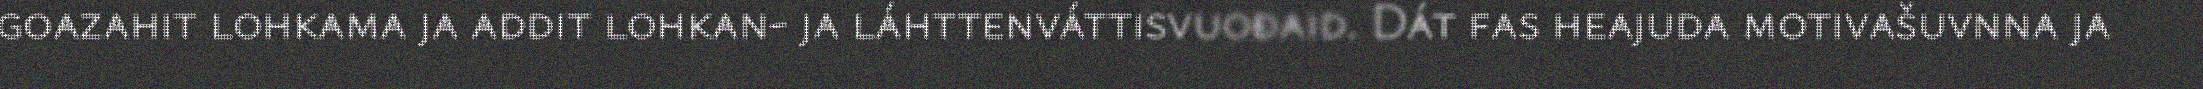
goazahit lohkama ja addit lohkan- ja láhttenváttisvuođaid. Dát fas heajuda motivašuvnna ja